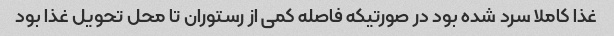
غذا کاملا سرد شده بود در صورتیکه فاصله کمی از رستوران تا محل تحویل غذا بود